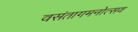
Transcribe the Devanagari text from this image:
वसंतागमनोत्सव